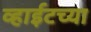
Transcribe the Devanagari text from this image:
व्हाईटच्या